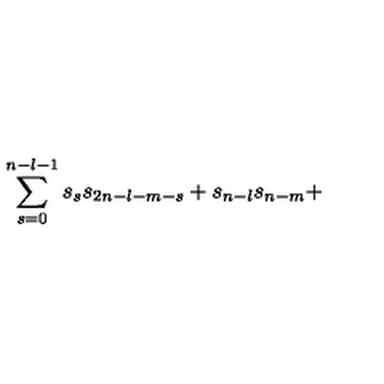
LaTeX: \sum _ { s = 0 } ^ { n - l - 1 } s _ { s } s _ { 2 n - l - m - s } + s _ { n - l } s _ { n - m } +